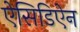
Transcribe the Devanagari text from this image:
ऐसिडिऐन